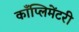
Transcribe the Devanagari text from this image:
काँप्लिमेंटरी